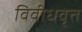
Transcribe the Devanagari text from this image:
विवीधवृत्त